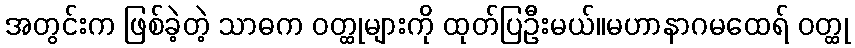
အတွင်းက ဖြစ်ခဲ့တဲ့ သာဓက ဝတ္ထုများကို ထုတ်ပြဦးမယ်။မဟာနာဂမထေရ် ဝတ္ထု